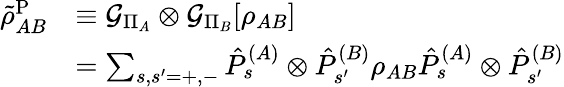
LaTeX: \begin{array}{rl}{\tilde{\rho}_{AB}^{\mathrm{P}}}&{\equiv\mathcal{G}_{\Pi_{A}}\otimes\mathcal{G}_{\Pi_{B}}[\rho_{AB}]}\\ &{=\sum_{s,s^{\prime}=+,-}\hat{P}_{s}^{(A)}\otimes\hat{P}_{s^{\prime}}^{(B)}\rho_{AB}\hat{P}_{s}^{(A)}\otimes\hat{P}_{s^{\prime}}^{(B)}}\end{array}